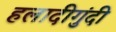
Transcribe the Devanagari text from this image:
हलादीगुंदी